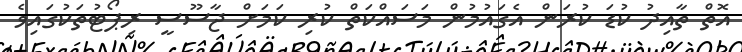
އޮތް ތާއިދު ކުޑަ ކުރަން އެގައުމުން މަސައްކަތް ކުރި ކަމަށް ޖާސޫސީ ރިޕޯޓުތަކުގައިވެ